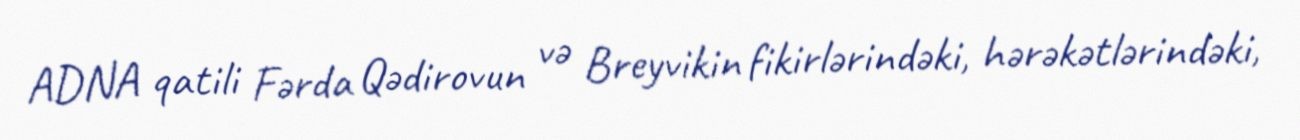
ADNA qatili Fərda Qədirovun və Breyvikin fikirlərindəki, hərəkətlərindəki,